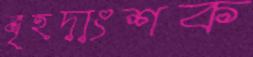
বৃহদাংশক